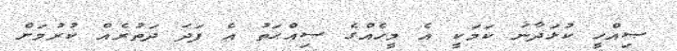
ޞިއްހީ ކުޅަދާނަ ކަމަކީ އެ މީހެއްގެ ޞިއްޙަތު އެ ފަދަ ދަތުރެއް ކުރުމަށް